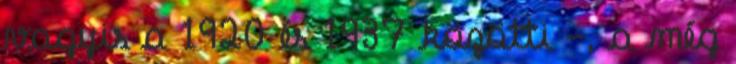
vagyis a 1920 és 1937 közötti -, a még